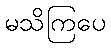
မသိကြပေ